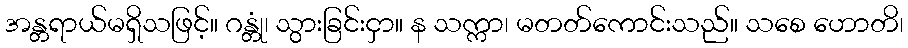
အန္တရာယ်မရှိသဖြင့်။ ဂန္တုံ၊ သွားခြင်းငှာ။ န သက္ကာ၊ မတတ်ကောင်းသည်။ သစေ ဟောတိ၊